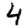
Digit: 4